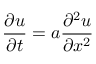
{ \frac { \partial u } { \partial t } } = a { \frac { \partial ^ { 2 } u } { \partial x ^ { 2 } } }